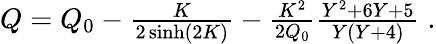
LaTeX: \begin{array}{r}{Q=Q_{0}-\frac{K}{2\sinh(2K)}-\frac{K^{2}}{2Q_{0}}\frac{Y^{2}+6Y+5}{Y(Y+4)}\; .}\end{array}